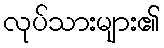
လုပ်သားများ၏